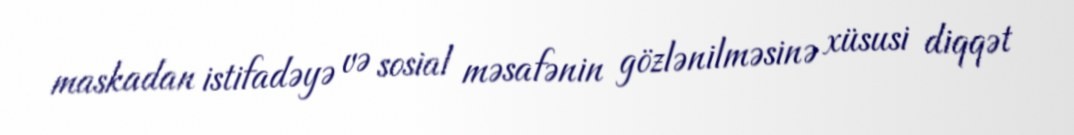
maskadan istifadəyə və sosial məsafənin gözlənilməsinə xüsusi diqqət